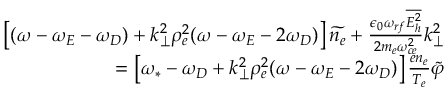
\begin{array} { r } { \left[ ( \omega - \omega _ { E } - \omega _ { D } ) + k _ { \perp } ^ { 2 } \rho _ { e } ^ { 2 } ( \omega - \omega _ { E } - 2 \omega _ { D } ) \right] \widetilde { n _ { e } } + \frac { \epsilon _ { 0 } \omega _ { r f } \overline { { E _ { h } ^ { 2 } } } } { 2 m _ { e } \omega _ { c e } ^ { 2 } } k _ { \perp } ^ { 2 } } \\ { = \left[ \omega _ { * } - \omega _ { D } + k _ { \perp } ^ { 2 } \rho _ { e } ^ { 2 } ( \omega - \omega _ { E } - 2 \omega _ { D } ) \right] \frac { e n _ { e } } { T _ { e } } \widetilde { \varphi } } \end{array}